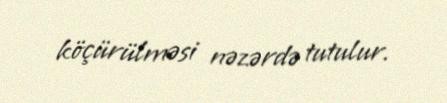
köçürülməsi nəzərdə tutulur.